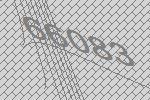
66083